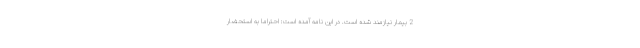
2 بیمار نیازمند شده است. در این نامه آمده است: احتراماً به استحضار